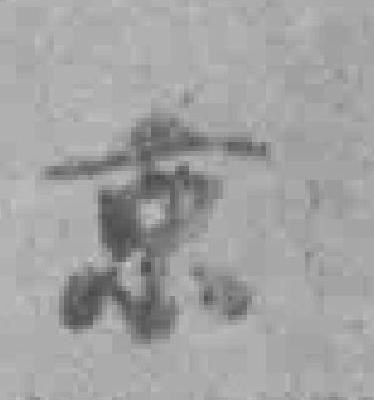
京